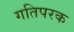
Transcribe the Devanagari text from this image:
गतिपरक